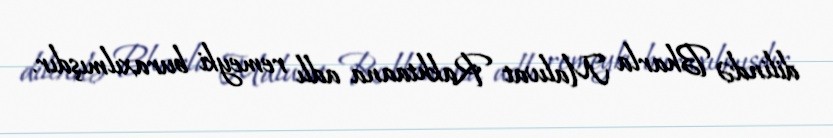
dilində Bharla Malwat Rakhtaana adlı remeyki buraxılmışdır.